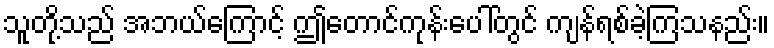
သူတို့သည် အဘယ်ကြောင့် ဤတောင်ကုန်းပေါ်တွင် ကျန်ရစ်ခဲ့ကြသနည်း။